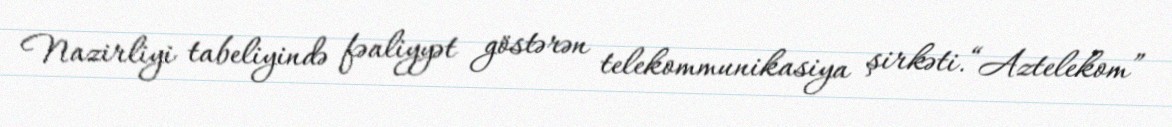
Nazirliyi tabeliyində fəaliyyət göstərən telekommunikasiya şirkəti.“Aztelekom”